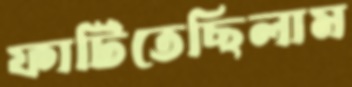
ফাটিতেছিলাম